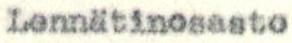
Lennätinosasto